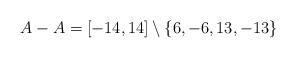
LaTeX: \begin{align*}A - A = [-14,14] \setminus \{ 6,-6, 13, -13 \}\end{align*}